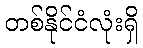
တစ်နိုင်ငံလုံးရှိ